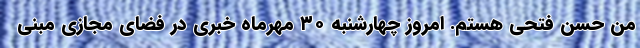
من حسن فتحی هستم. امروز چهارشنبه ۳۰ مهرماه خبری در فضای مجازی مبنی